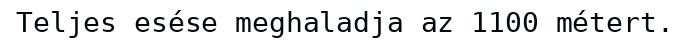
Teljes esése meghaladja az 1100 métert.